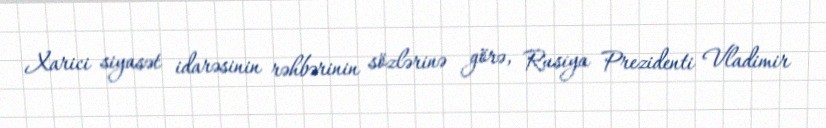
Xarici siyasət idarəsinin rəhbərinin sözlərinə görə, Rusiya Prezidenti Vladimir